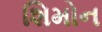
શિમોન